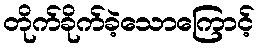
တိုက်ခိုက်ခဲ့သောကြောင့်